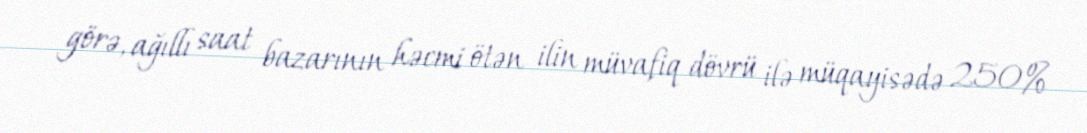
görə, ağıllı saat bazarının həcmi ötən ilin müvafiq dövrü ilə müqayisədə 250%